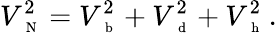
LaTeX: V_{\mathrm{~\scriptsize~N~}}^{2}=V_{\mathrm{~\scriptsize~b~}}^{2}+V_{\mathrm{~\scriptsize~d~}}^{2}+V_{\mathrm{~\scriptsize~h~}}^{2}\, .